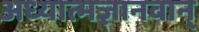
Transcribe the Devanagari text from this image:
अध्यात्मज्ञानवान्